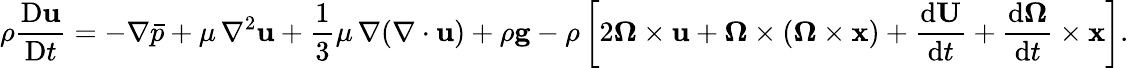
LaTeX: \rho{\frac{\mathrm{D}\mathbf{u}}{\mathrm{D}t}}=-\nabla{\bar{p}}+\mu\, \nabla^{2}\mathbf{u}+{\frac{1}{3}}\mu\, \nabla(\nabla\cdot\mathbf{u})+\rho\mathbf{g}-\rho\left[2\mathbf{\Omega}\times\mathbf{u}+\mathbf{\Omega}\times(\mathbf{\Omega}\times\mathbf{x})+{\frac{\mathrm{d}\mathbf{U}}{\mathrm{d}t}}+{\frac{\mathrm{d}\mathbf{\Omega}}{\mathrm{d}t}}\times\mathbf{x}\right].